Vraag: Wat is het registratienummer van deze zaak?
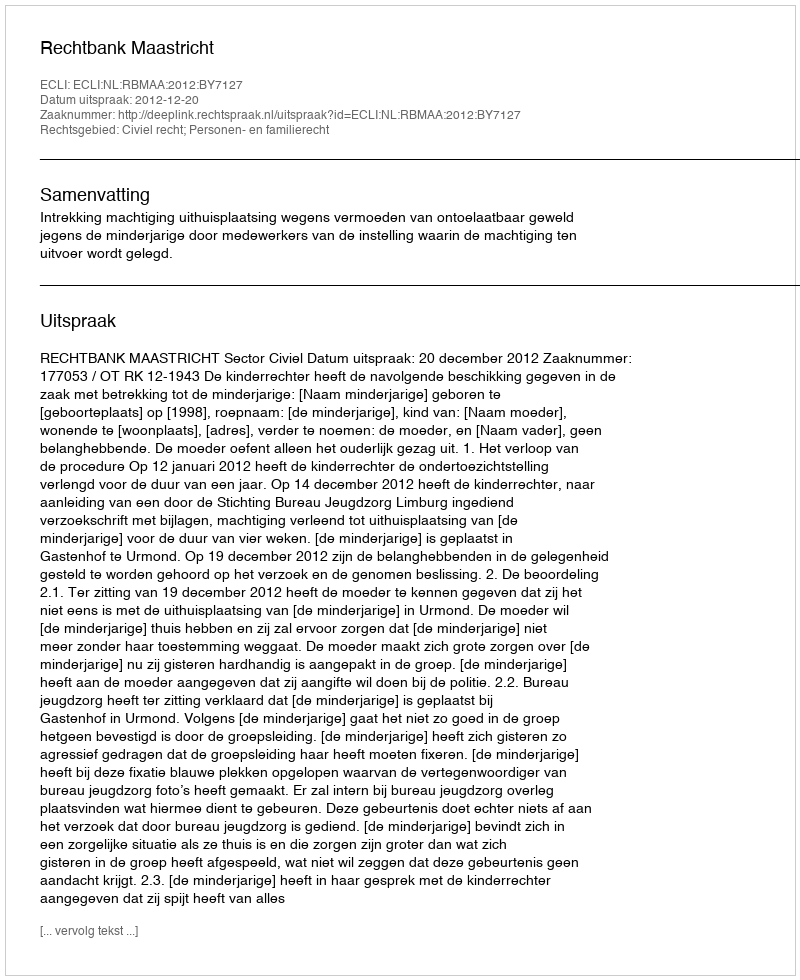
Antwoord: http://deeplink.rechtspraak.nl/uitspraak?id=ECLI:NL:RBMAA:2012:BY7127